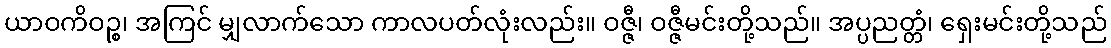
ယာဝကိဝဉ္စ၊ အကြင် မျှလာက်သော ကာလပတ်လုံးလည်း။ ဝဇ္ဇီ၊ ဝဇ္ဇီမင်းတို့သည်။ အပ္ပညတ္တံ၊ ရှေးမင်းတို့သည်